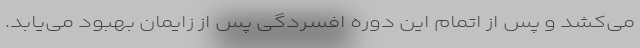
می‌کشد و پس از اتمام این دوره افسردگی پس از زایمان بهبود می‌یابد.